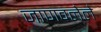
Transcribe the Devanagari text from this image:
जाणवलेले